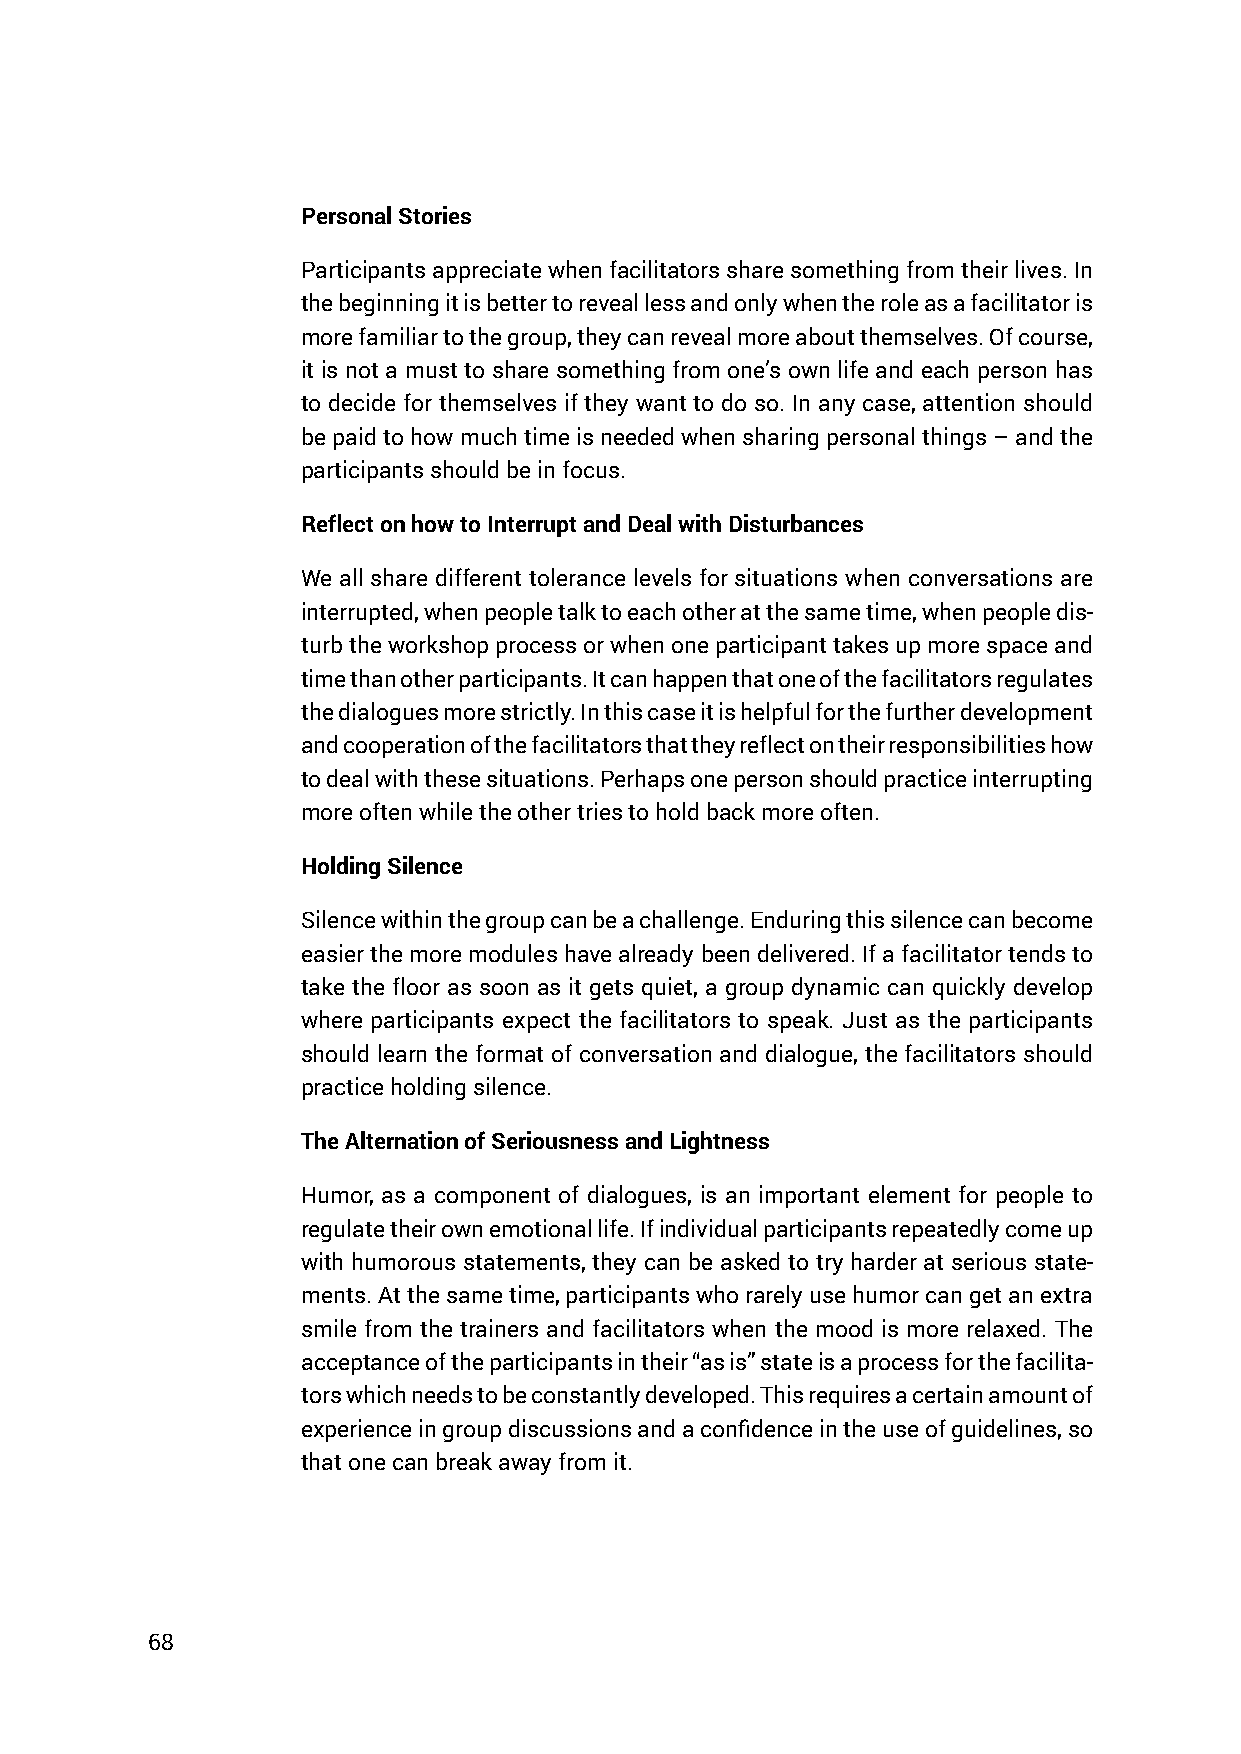
Personal Stories
 Participants appreciate when facilitators share something from their lives. In
 the beginning it is better to reveal less and only when the role as a facilitator is
 more familiar to the group, they can reveal more about themselves. Of course,
 it is not a must to share something from one’s own life and each person has
 to decide for themselves if they want to do so. In any case, attention should
 be paid to how much time is needed when sharing personal things – and the
 participants should be in focus.
 Reflect on how to Interrupt and Deal with Disturbances
 We all share different tolerance levels for situations when conversations are
 interrupted, when people talk to each other at the same time, when people dis-
 turb the workshop process or when one participant takes up more space and
 time than other participants. It can happen that one of the facilitators regulates
 the dialogues more strictly. In this case it is helpful for the further development
 and cooperation of the facilitators that they reflect on their responsibilities how
 to deal with these situations. Perhaps one person should practice interrupting
 more often while the other tries to hold back more often.
 Holding Silence
 Silence within the group can be a challenge. Enduring this silence can become
 easier the more modules have already been delivered. If a facilitator tends to
 take the floor as soon as it gets quiet, a group dynamic can quickly develop
 where participants expect the facilitators to speak. Just as the participants
 should learn the format of conversation and dialogue, the facilitators should
 practice holding silence.
 The Alternation of Seriousness and Lightness
 Humor, as a component of dialogues, is an important element for people to
 regulate their own emotional life. If individual participants repeatedly come up
 with humorous statements, they can be asked to try harder at serious state-
 ments. At the same time, participants who rarely use humor can get an extra
 smile from the trainers and facilitators when the mood is more relaxed. The
 acceptance of the participants in their “as is” state is a process for the facilita-
 tors which needs to be constantly developed. This requires a certain amount of
 experience in group discussions and a confidence in the use of guidelines, so
 that one can break away from it.
 68